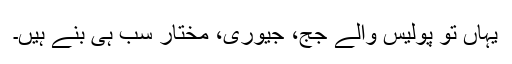
یہاں تو پولیس والے جج، جیوری، مختار سب ہی بنے ہیں۔